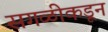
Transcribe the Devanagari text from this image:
सगळीकडून